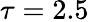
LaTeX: \tau=2.5